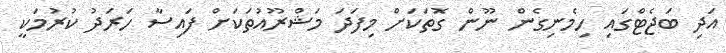
އަދި ބަޖެޓްގައި ހިމެނިގެން ނޫން ގޮތަކަށް މިފަދަ މަޝްރޫއުތަކަށް ފައިސާ ހަރަދު ކުރުމަކީ